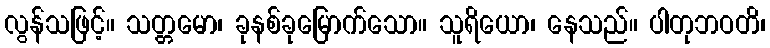
လွန်သဖြင့်။ သတ္တမော၊ ခုနစ်ခုမြောက်သော။ သူရိယော၊ နေသည်။ ပါတုဘဝတိ၊